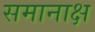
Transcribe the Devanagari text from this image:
समानाक्ष